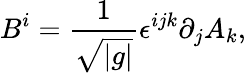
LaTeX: B^{i}=\frac{1}{\sqrt{|g|}}\epsilon^{ijk}\partial_{j}A_{k},